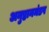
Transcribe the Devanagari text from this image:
अनुष्ठानमंडप